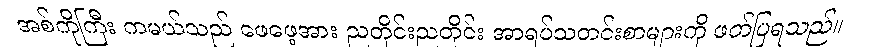
အစ်ကိုကြီး ကမယ်သည် ဖေဖေ့အား ညတိုင်းညတိုင်း အာရပ်သတင်းစာများကို ဖတ်ပြရသည်။